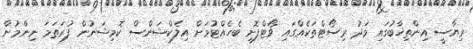
ރިޔާސީ އިންތިޚާބުގައި މަދު ރިސޯޓްތަކެއްގައި ވޯޓްފޮށި ބެހެއްޓުމަށް އިލެކްޝަންސް ކޮމިޝަނުން ފުރަތަމަ ނިންމުން